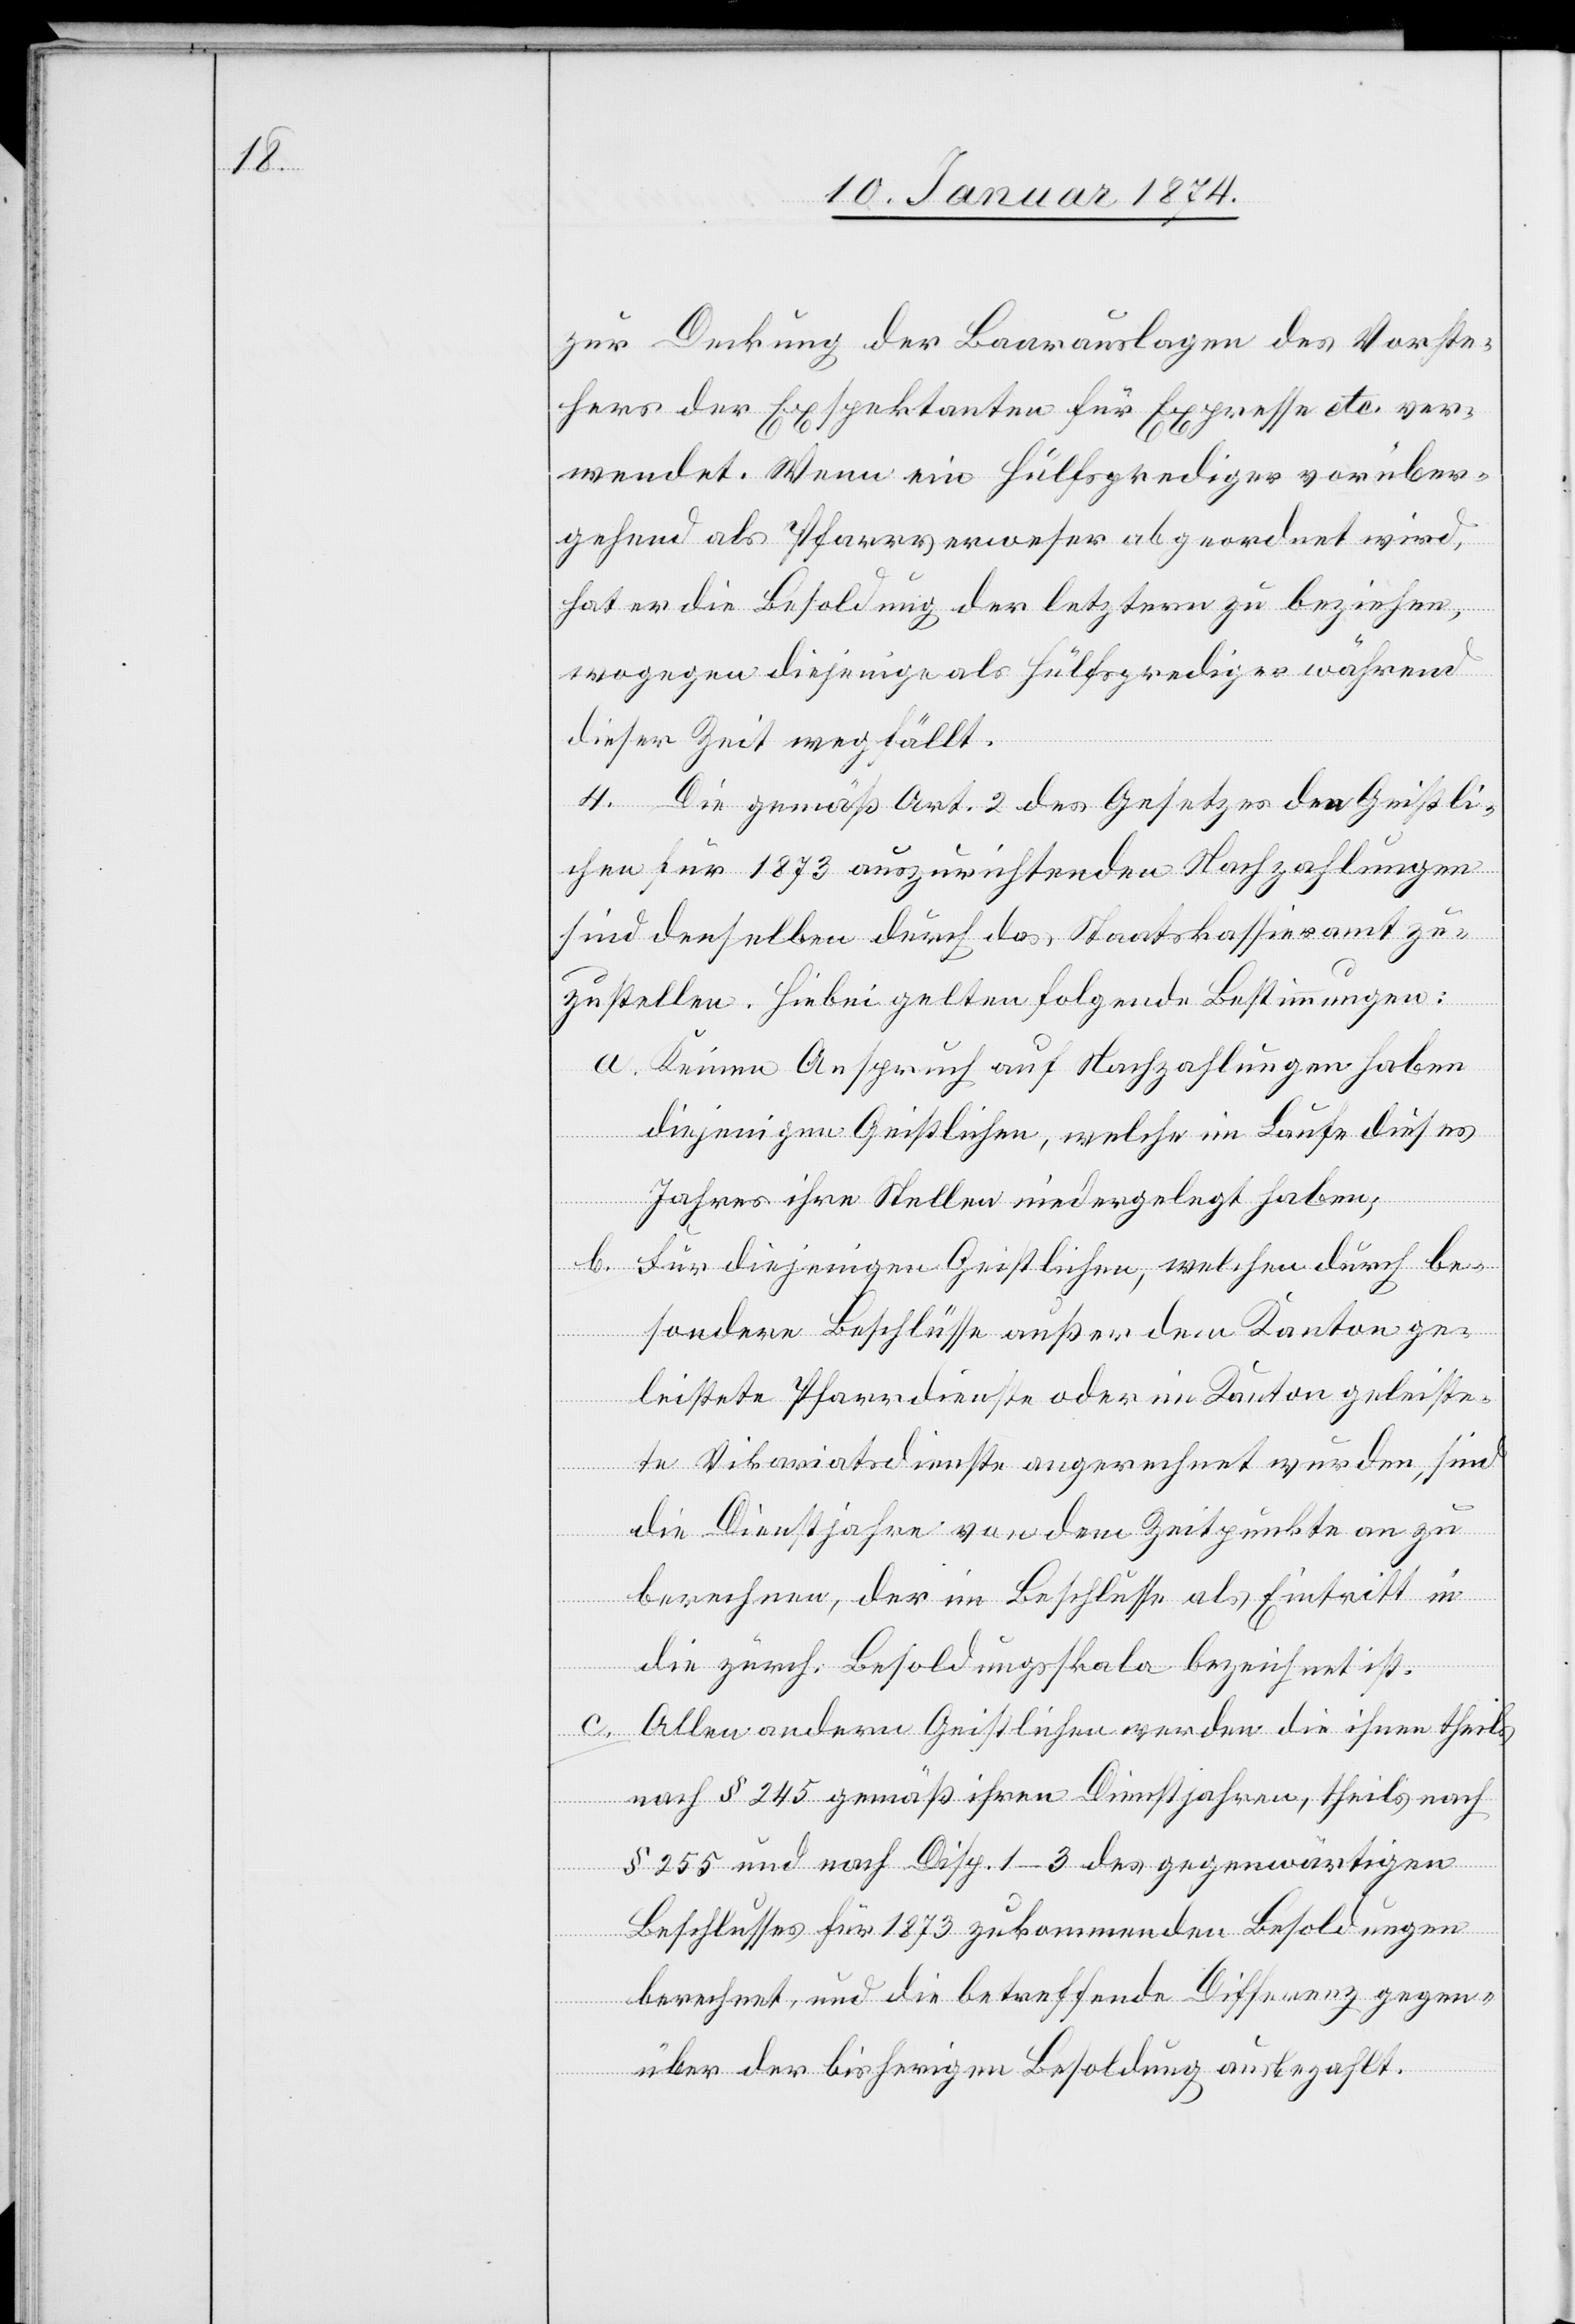
zur Deckung der Bauvorlagen des Vorste¬
hers der Exspektanten für Expresse etc. ver¬
wendet. Wenn ein Hülfsprediger vorüber¬
gehend als Pfarrsverweser abgeordnet wird,
hat er die Besoldung der letztern zu beziehen,
wogegen diejenige als Hülfsprediger während
dieser Zeit wegfällt.
4. Die gemäß Art. 2 des Gesetzes der Geistli¬
chen für 1873 auszurichtenden Nachzahlungen
sind denselben durch das Staatskassieramt zu¬
zustellen. Hiebei gelten folgende Bestimmungen:
a. Keinen Anspruch auf Nachzahlungen haben
diejenigen Geistlichen, welche im Laufe dieses
Jahres ihre Stelle niedergelegt haben;
b. Für diejenigen Geistlichen, welche durch be¬
sondere Beschlüsse außer dem Kanton ge¬
leistete Pfarrdienste oder im Kanton geleiste¬
te Vikariatsdienste angerechnet würden, sind
die Dienstjahre von dem Zeitpunkte an zu
berechnen, der im Beschlusse als Eintritt in
die zürch. Besoldungsskala bezeichnet ist.
c. Allen andern Geistlichen werden die ihren theils
§ 255 und nach Disp. 1–3 des gegenwärtigen
Beschlusses für 1873 zukommenden Besoldungen
berechnet, und die betreffende Differenz gegen¬
über der bisherigen Besoldung einbezahlt.